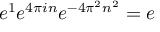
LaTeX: e ^ { 1 } e ^ { 4 \pi i n } e ^ { - 4 \pi ^ { 2 } n ^ { 2 } } = e \qquad